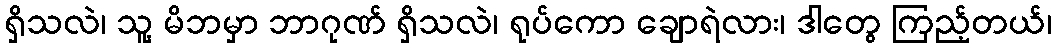
ရှိသလဲ၊ သူ့ မိဘမှာ ဘာဂုဏ် ရှိသလဲ၊ ရုပ်ကော ချောရဲလား၊ ဒါတွေ ကြည့်တယ်၊